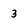
Character: 3